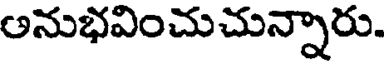
అనుభవించుచున్నారు.